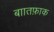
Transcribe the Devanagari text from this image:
बाातफ़ाक